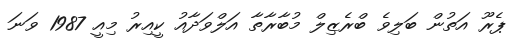
ޕެރޫ އަތުން ބަލިވެ ބްރެޒިލް މުބާރާތާ އަލްވަދާއު ކީއިރު މިއީ 1987 ވަނަ